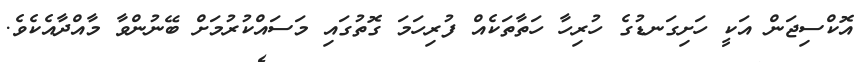
އޮކްސިޖަން އަކީ ހަށިގަނޑުގެ ހުރިހާ ހަތާތަކެއް ފުރިހަމަ ގޮތުގައި މަސައްކުރުމަށް ބޭނުންވާ މާއްދާއެކެވެ.